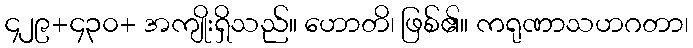
၄၂၉+၄၃၀+ အကျိုးရှိသည်။ ဟောတိ၊ ဖြစ်၏။ ကရုဏာသဟဂတာ၊